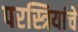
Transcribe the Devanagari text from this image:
परस्त्रियांचे